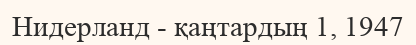
Нидерланд - қаңтардың 1, 1947